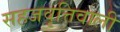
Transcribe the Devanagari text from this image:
सहजवृत्तिवाली